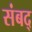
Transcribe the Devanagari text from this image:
संबद्